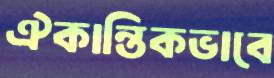
ঐকান্তিকভাবে